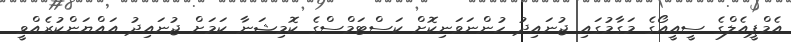
އެމްޕީއެލްގެ ސީއީއޯގެ މަގާމުގައި ޖުނައިދު ހުންނަވަނިކޮށް ކަސްޓަމްސްގެ ކޮމިޝަނާ ކަމަށް ޖުނައިދު އައްޔަންކުރެއްވީ